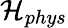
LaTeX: \mathcal{H}_{phys}